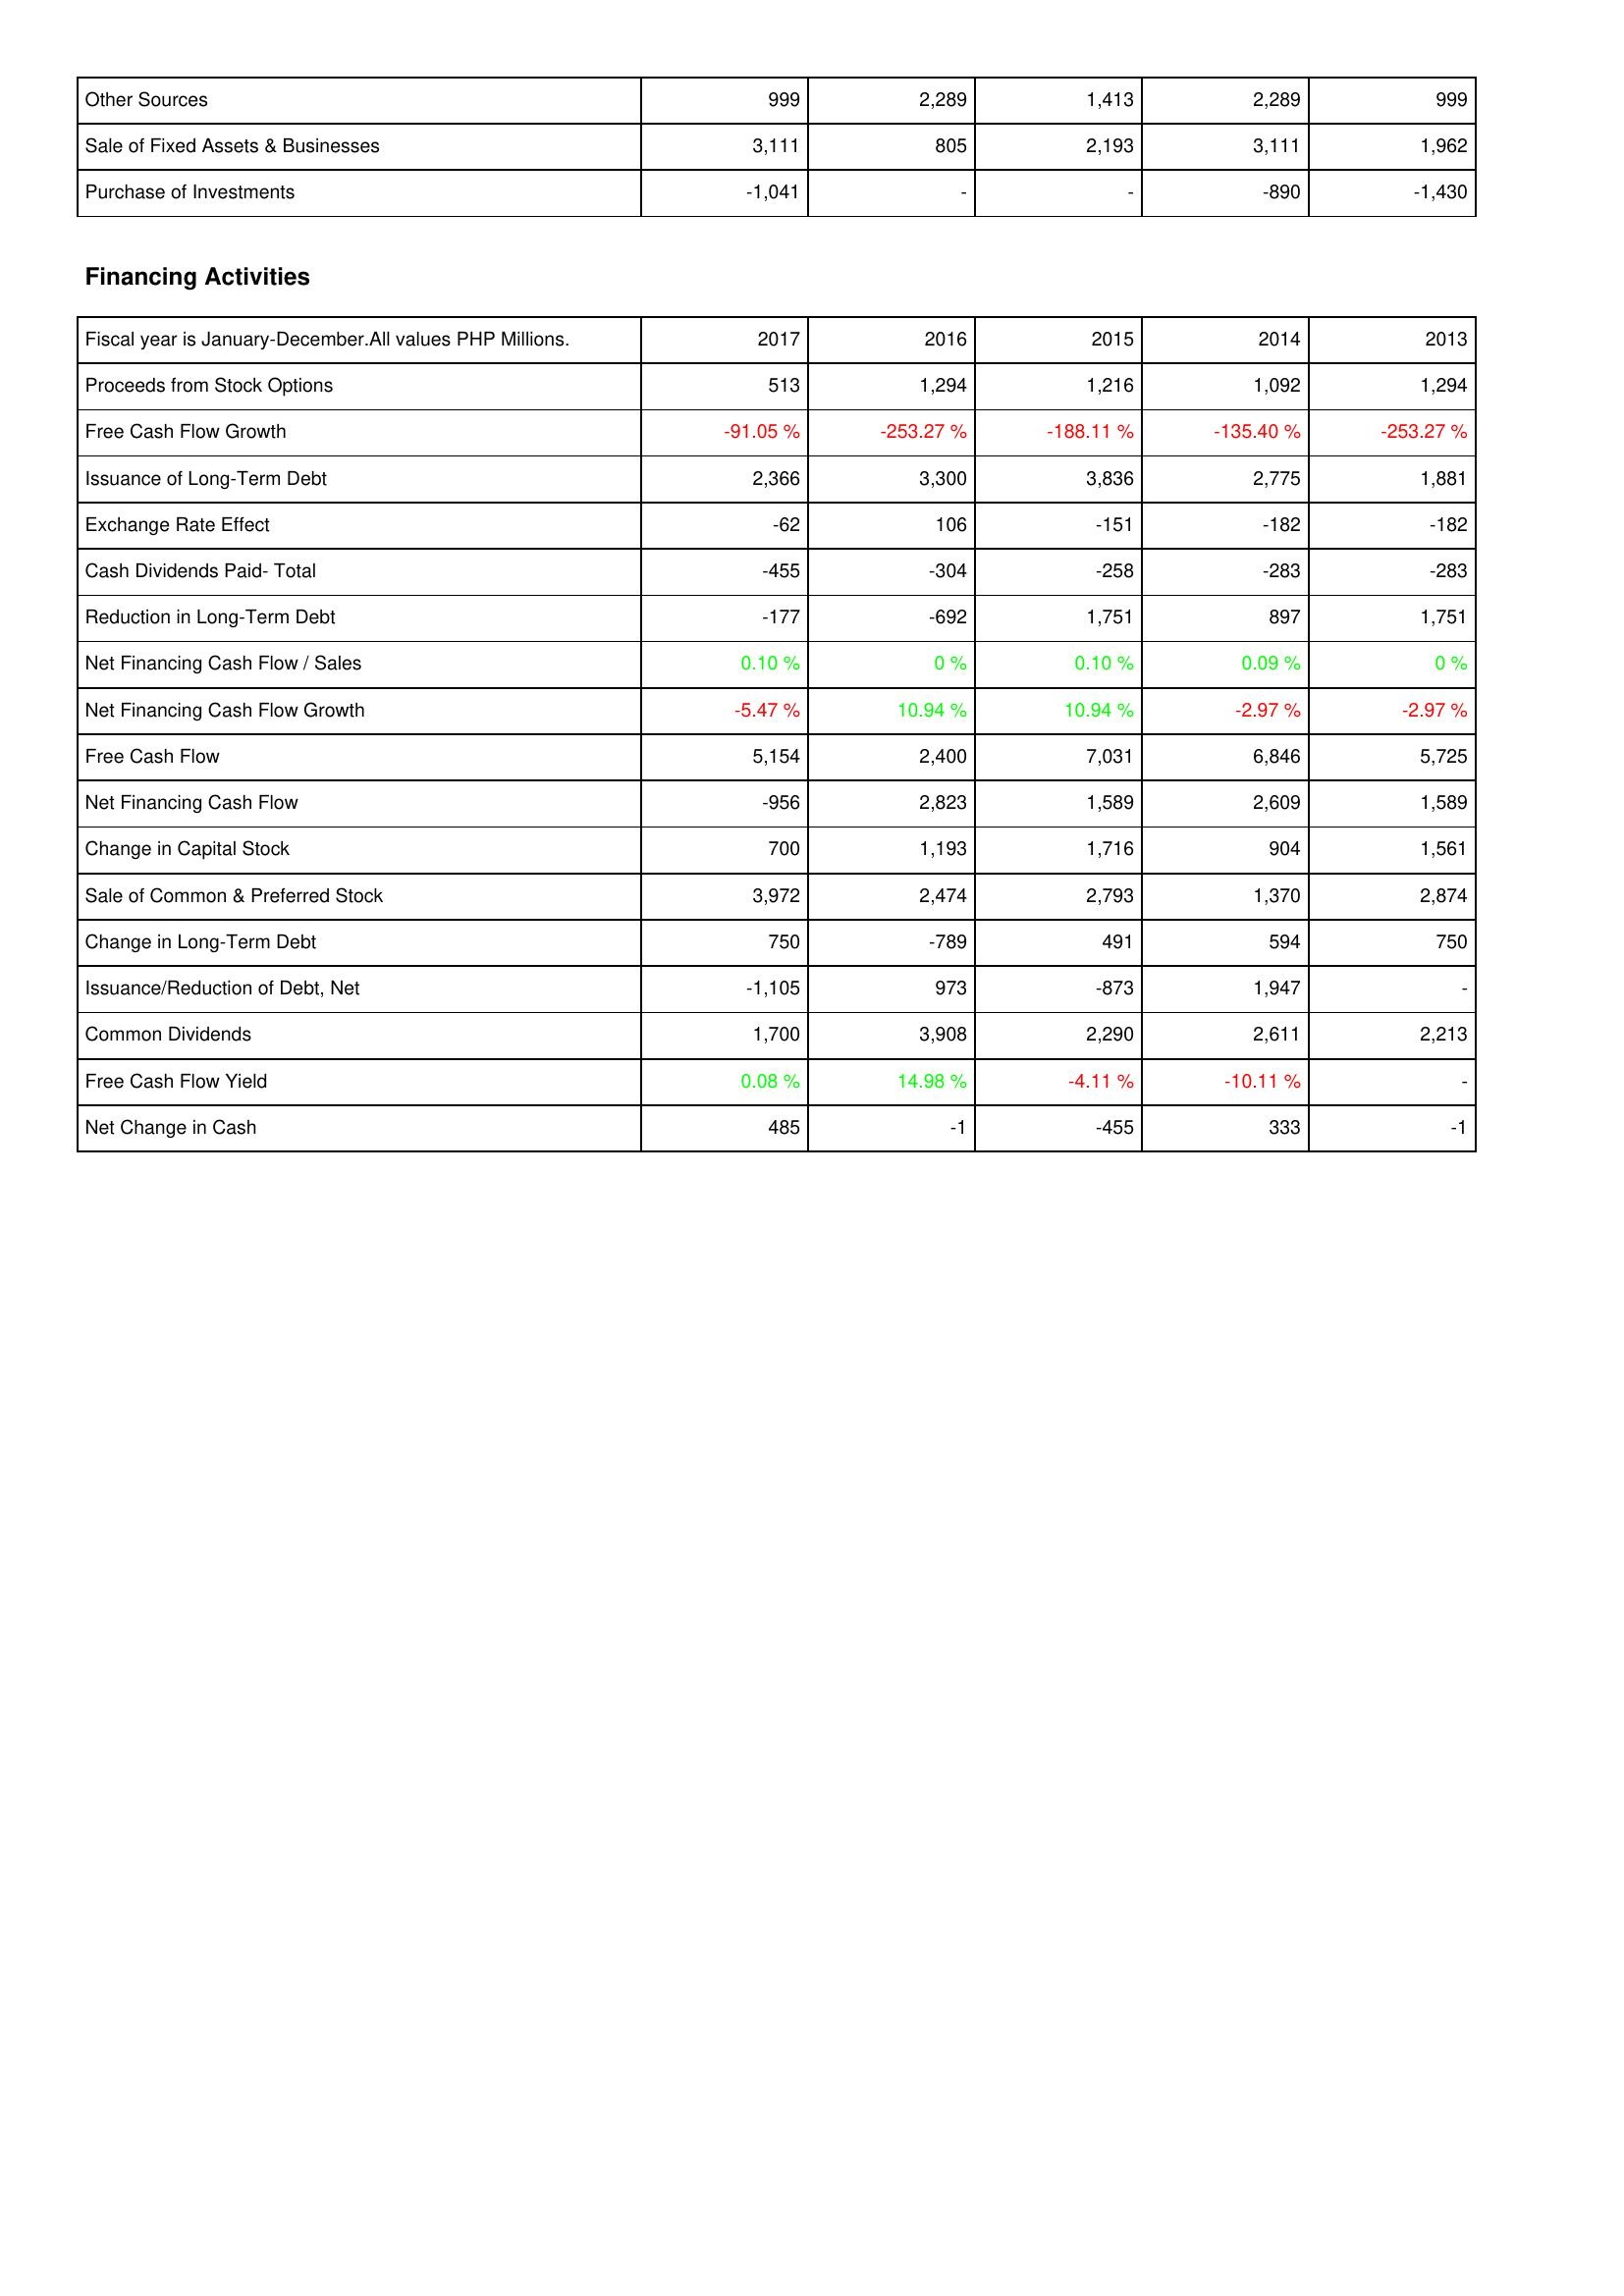
2017: Investing Activities: Other Sources: 999
Sale of Fixed Assets & Businesses: 3,111
Purchase of Investments: -1,041
Financing Activities: Proceeds from Stock Options: 513
Free Cash Flow Growth: -91.05 %
Issuance of Long-Term Debt: 2,366
Exchange Rate Effect: -62
Cash Dividends Paid- Total: -455
Reduction in Long-Term Debt: -177
Net Financing Cash Flow / Sales: 0.10 %
Net Financing Cash Flow Growth: -5.47 %
Free Cash Flow: 5,154
Net Financing Cash Flow: -956
Change in Capital Stock: 700
Sale of Common & Preferred Stock: 3,972
Change in Long-Term Debt: 750
Issuance/Reduction of Debt, Net: -1,105
Common Dividends: 1,700
Free Cash Flow Yield: 0.08 %
Net Change in Cash: 485
2016: Investing Activities: Other Sources: 2,289
Sale of Fixed Assets & Businesses: 805
Purchase of Investments: -
Financing Activities: Proceeds from Stock Options: 1,294
Free Cash Flow Growth: -253.27 %
Issuance of Long-Term Debt: 3,300
Exchange Rate Effect: 106
Cash Dividends Paid- Total: -304
Reduction in Long-Term Debt: -692
Net Financing Cash Flow / Sales: 0 %
Net Financing Cash Flow Growth: 10.94 %
Free Cash Flow: 2,400
Net Financing Cash Flow: 2,823
Change in Capital Stock: 1,193
Sale of Common & Preferred Stock: 2,474
Change in Long-Term Debt: -789
Issuance/Reduction of Debt, Net: 973
Common Dividends: 3,908
Free Cash Flow Yield: 14.98 %
Net Change in Cash: -1
2015: Investing Activities: Other Sources: 1,413
Sale of Fixed Assets & Businesses: 2,193
Purchase of Investments: -
Financing Activities: Proceeds from Stock Options: 1,216
Free Cash Flow Growth: -188.11 %
Issuance of Long-Term Debt: 3,836
Exchange Rate Effect: -151
Cash Dividends Paid- Total: -258
Reduction in Long-Term Debt: 1,751
Net Financing Cash Flow / Sales: 0.10 %
Net Financing Cash Flow Growth: 10.94 %
Free Cash Flow: 7,031
Net Financing Cash Flow: 1,589
Change in Capital Stock: 1,716
Sale of Common & Preferred Stock: 2,793
Change in Long-Term Debt: 491
Issuance/Reduction of Debt, Net: -873
Common Dividends: 2,290
Free Cash Flow Yield: -4.11 %
Net Change in Cash: -455
2014: Investing Activities: Other Sources: 2,289
Sale of Fixed Assets & Businesses: 3,111
Purchase of Investments: -890
Financing Activities: Proceeds from Stock Options: 1,092
Free Cash Flow Growth: -135.40 %
Issuance of Long-Term Debt: 2,775
Exchange Rate Effect: -182
Cash Dividends Paid- Total: -283
Reduction in Long-Term Debt: 897
Net Financing Cash Flow / Sales: 0.09 %
Net Financing Cash Flow Growth: -2.97 %
Free Cash Flow: 6,846
Net Financing Cash Flow: 2,609
Change in Capital Stock: 904
Sale of Common & Preferred Stock: 1,370
Change in Long-Term Debt: 594
Issuance/Reduction of Debt, Net: 1,947
Common Dividends: 2,611
Free Cash Flow Yield: -10.11 %
Net Change in Cash: 333
2013: Investing Activities: Other Sources: 999
Sale of Fixed Assets & Businesses: 1,962
Purchase of Investments: -1,430
Financing Activities: Proceeds from Stock Options: 1,294
Free Cash Flow Growth: -253.27 %
Issuance of Long-Term Debt: 1,881
Exchange Rate Effect: -182
Cash Dividends Paid- Total: -283
Reduction in Long-Term Debt: 1,751
Net Financing Cash Flow / Sales: 0 %
Net Financing Cash Flow Growth: -2.97 %
Free Cash Flow: 5,725
Net Financing Cash Flow: 1,589
Change in Capital Stock: 1,561
Sale of Common & Preferred Stock: 2,874
Change in Long-Term Debt: 750
Issuance/Reduction of Debt, Net: -
Common Dividends: 2,213
Free Cash Flow Yield: -
Net Change in Cash: -1